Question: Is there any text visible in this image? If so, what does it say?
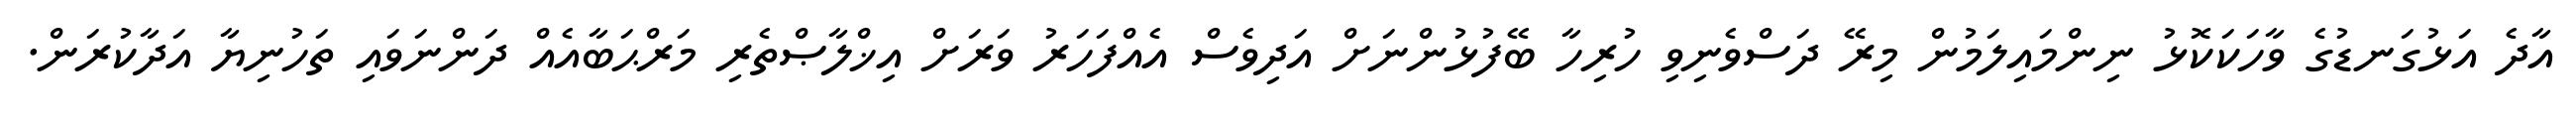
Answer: އާދެ އަޅުގަނޑުގެ ވާހަކަކޮޅު ނިންމައިލަމުން މިރޭ ދަސްވެނިވި ހުރިހާ ބޭފުޅުންނަށް އަދިވެސް އެއްފަހަރު ވަރަށް އިޚްލާޞްތެރި މަރްޙަބާއެއް ދަންނަވައި ތަހުނިޔާ އަދާކުރަން.